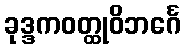
ခုဒ္ဒကဝတ္ထုဝိဘင်္ဂေ